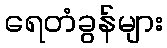
ရေတံခွန်များ